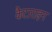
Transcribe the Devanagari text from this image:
कैटाराइन